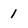
Character: 1